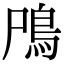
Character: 鳲